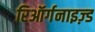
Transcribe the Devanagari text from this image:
रिऑर्गनाइज़्ड